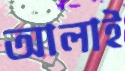
আলাই